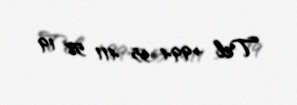
Tel +994 55 411 58 19